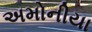
અમોનીયા